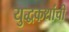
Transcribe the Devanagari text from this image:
युद्धकथांची